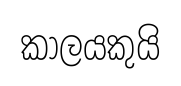
කාලයකුයි